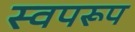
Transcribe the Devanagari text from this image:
स्वपरूप